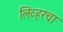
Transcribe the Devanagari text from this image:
लिव्हरचा